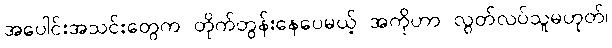
အပေါင်းအသင်းတွေက တိုက်တွန်းနေပေမယ့် အကိုဟာ လွတ်လပ်သူမဟုတ်၊